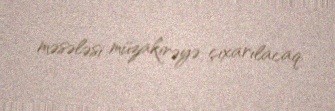
məsələsi müzakirəyə çıxarılacaq.